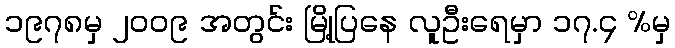
၁၉၇၈မှ ၂၀၀၉ အတွင်း မြို့ပြနေ လူဦးရေမှာ ၁၇.၄ %မှ